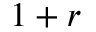
1 + r